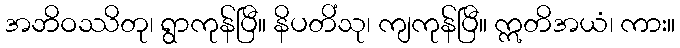
အဘိဝဿိတု၊ ရွာကုန်ပြီ။ နိပတိံသု၊ ကျကုန်ပြီ။ ဣတိအယံ၊ ကား။